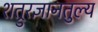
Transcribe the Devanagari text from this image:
शत्रुरज्ञानतुल्य